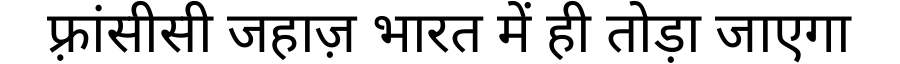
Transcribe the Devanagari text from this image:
फ़्रांसीसी जहाज़ भारत में ही तोड़ा जाएगा